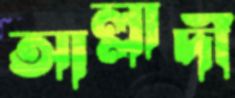
আল্লাদী